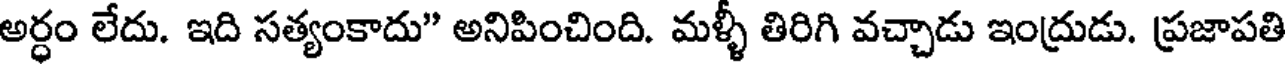
అర్ధం లేదు. ఇది సత్యంకాదు" అనిపించింది. మళ్ళీ తిరిగి వచ్చాడు ఇంద్రుడు. ప్రజాపతి